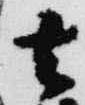
去